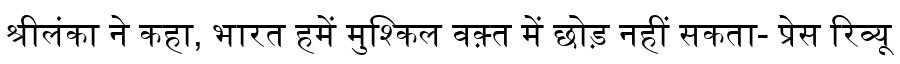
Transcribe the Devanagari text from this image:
श्रीलंका ने कहा, भारत हमें मुश्किल वक़्त में छोड़ नहीं सकता- प्रेस रिव्यू